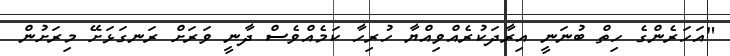
"އަހަރެންގެ ހިތް ބުނަނީ އިރާދަކުރެއްވިއްޔާ ހުރިހާ ކަމެއްވެސް ދާނީ ވަރަށް ރަނގަޅަށޭ މިރަށުން